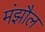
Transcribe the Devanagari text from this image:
मंझौल